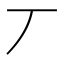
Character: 丆